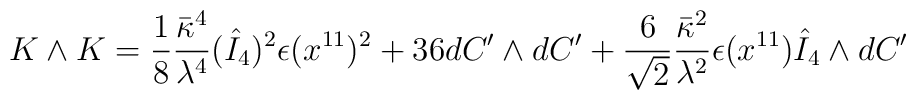
K \wedge K = \frac{1}{8} \frac{\bar{\kappa}^4}{\lambda^4} (\hat{I}_4)^2 \epsilon(x^{11})^2 + 36 dC' \wedge dC' + \frac{6}{\sqrt{2}} \frac{\bar{\kappa}^2}{\lambda^2}\epsilon(x^{11}) \hat{I}_4 \wedge dC'